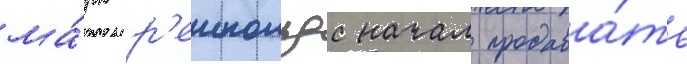
ма́рк р'еинольдс начал продава́ть